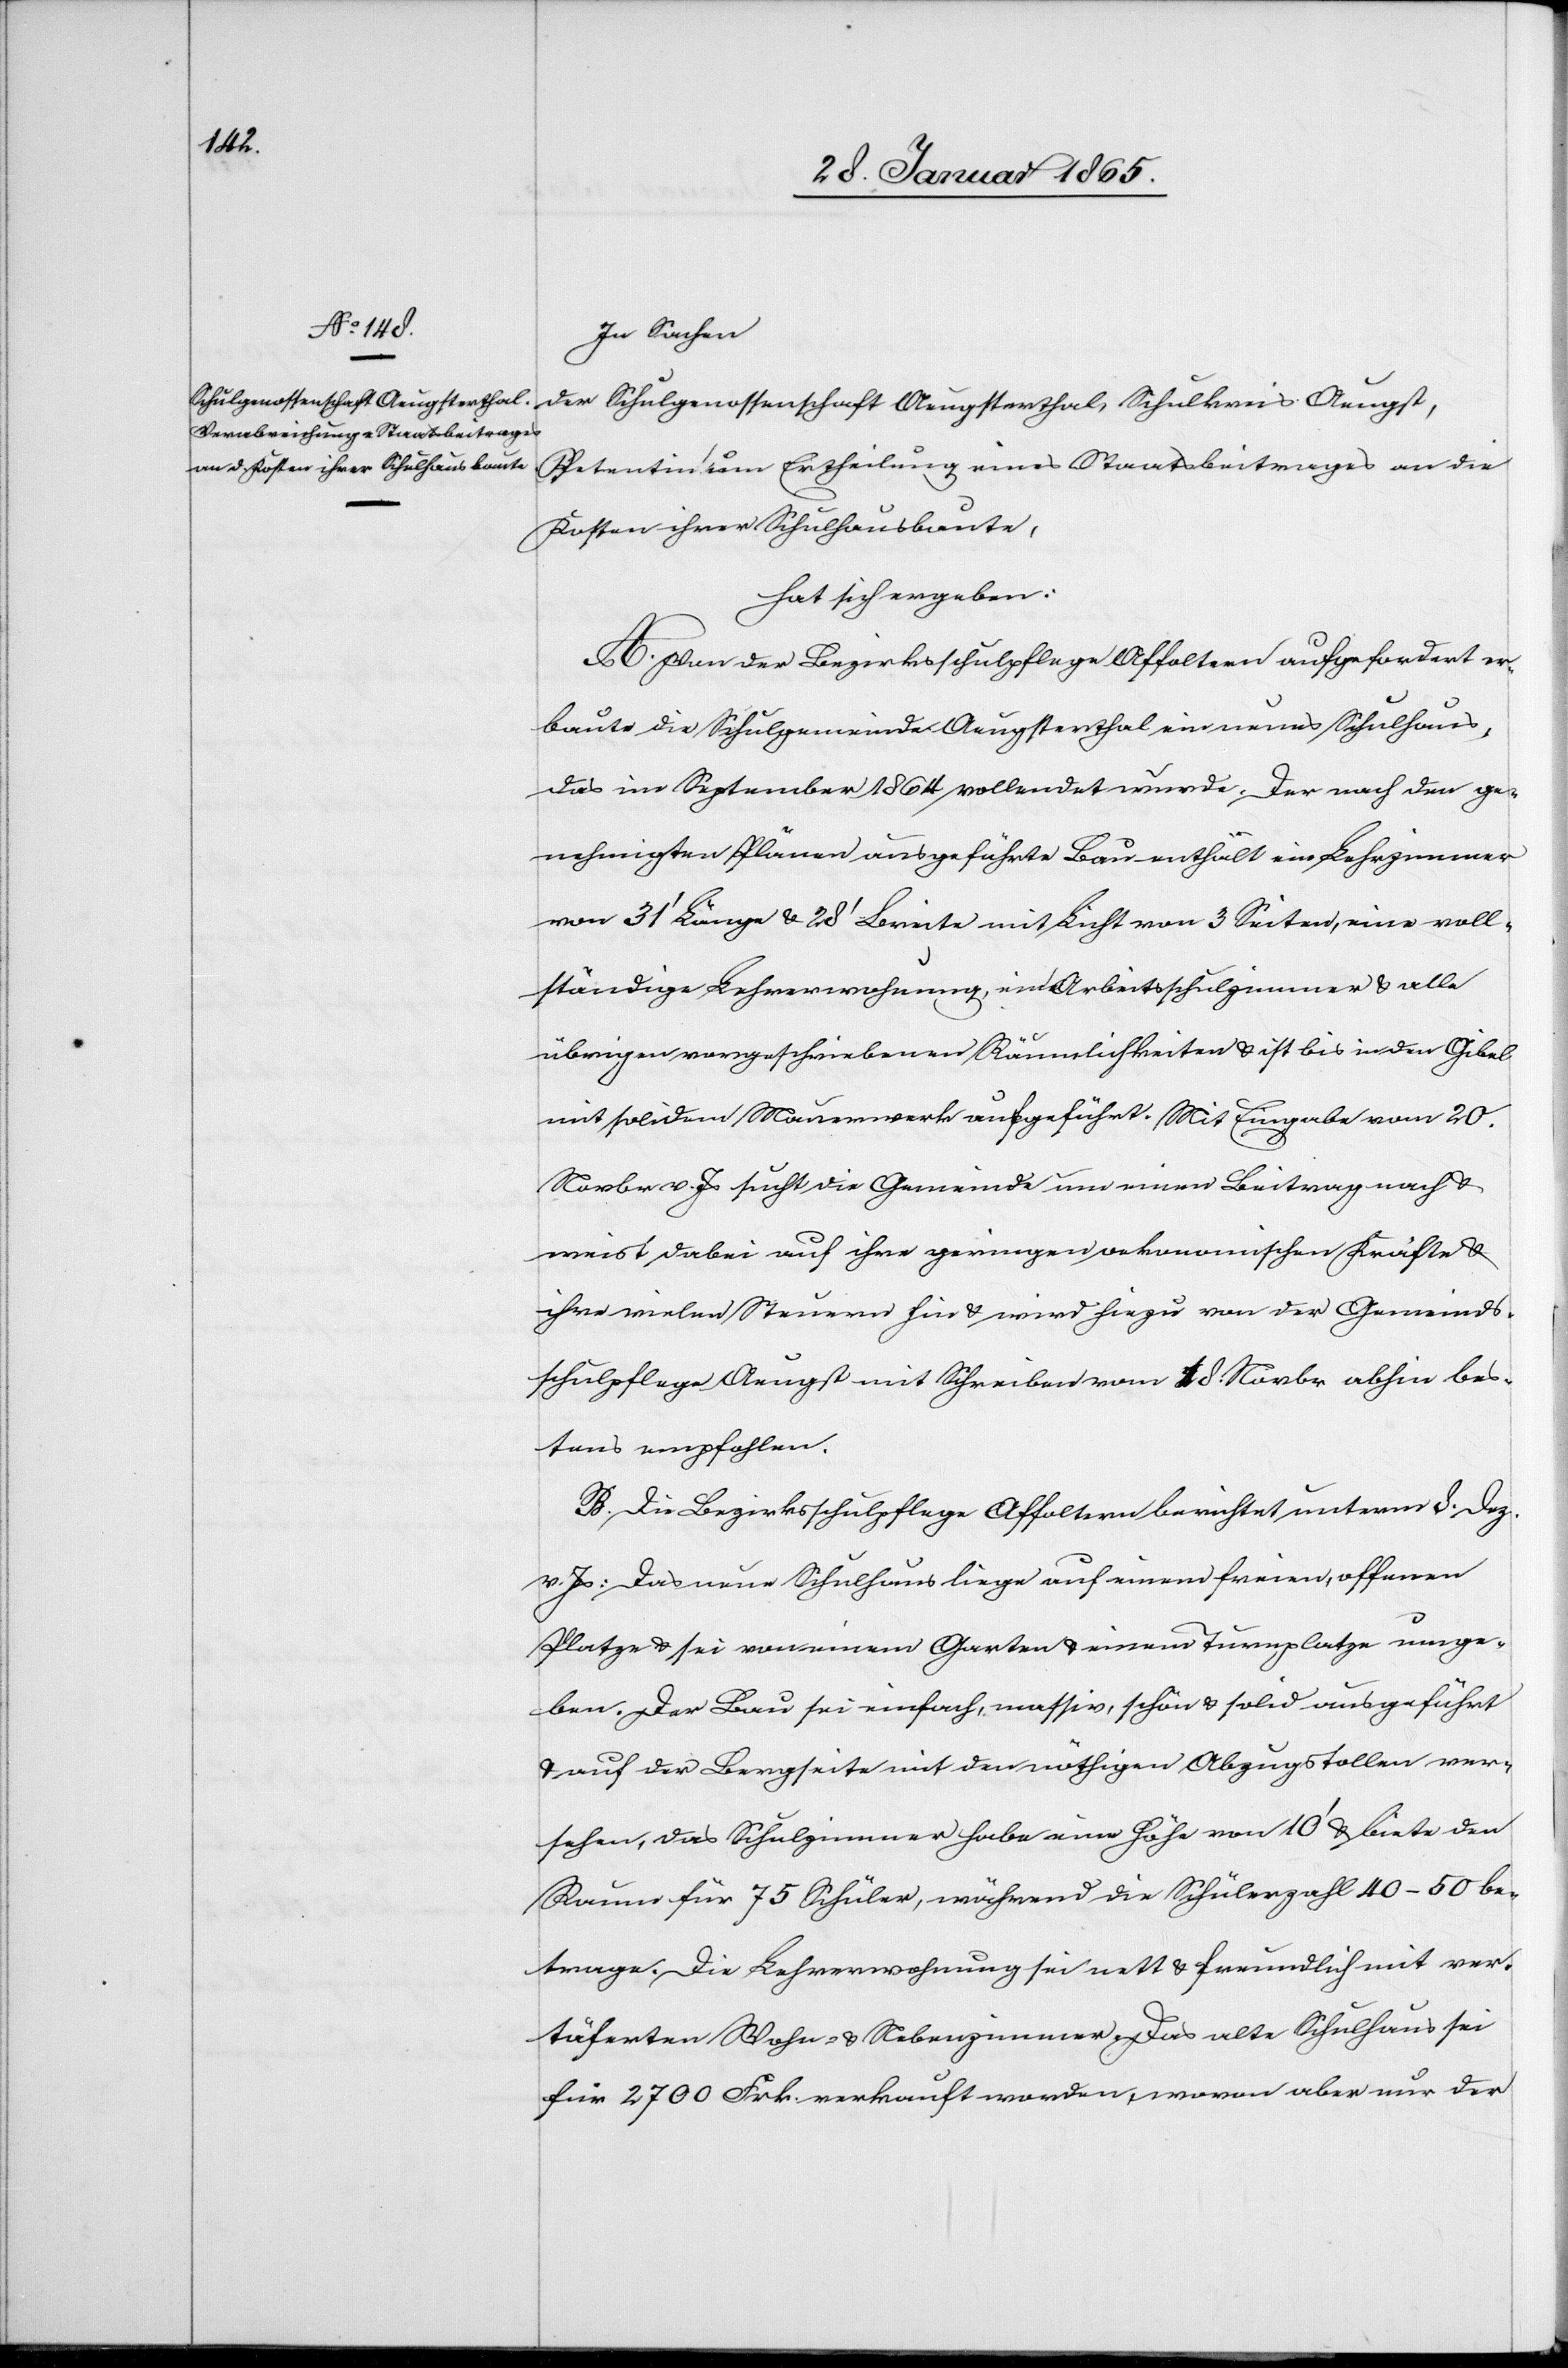
In Sachen
der Schulgenossenschaft Aeugsterthal, Schulkreis Aeugst,
Petentin um Ertheilung eines Staatsbeitrages an die
Kosten ihrer Schulhausbaute,
hat sich ergeben:
A. Von der Bezirksschulpflege Affoltern aufgefordert er¬
baute die Schulgemeinde Aeugsterthal ein neues Schulhaus,
das im September 1864 vollendet wurde. Der nach den ge¬
nehmigten Plänen ausgeführte Bau enthält ein Lehrzimmer
von 31’ Länge u. 28’ Breite mit Licht von 3 Seiten, eine voll¬
ständige Lehrerwohnung, ein Arbeitsschulzimmer u. alle
übrigen vorgeschriebenen Räumlichkeiten u. ist bis in den Gibel
mit soliden Mauerwerk aufgeführt. Mit Eingabe vom 20.
Novbr v. Js sucht die Gemeinde um einen Beitrag nach u.
weist dabei auf ihre geringen oekonomischen Kräfte u.
ihre vielen Steuern hin u. wird hiezu von der Gemeinds¬
schulpflege Aeugst mit Schreiben vom [?18.] Novbr. abhin bes¬
tens empfohlen.
B. Die Bezirksschulpflege Affoltern berichtet unterm 8. Dez.
Js: Das neue Schulhaus liege auf einem freien, offenen
Platze u. sei von einem Garten u. einem Turnplatze umge¬
ben. Der Bau sei einfach, massiv, schön u. solid ausgeführt
u. auf der Bergseite mit der nöthigen Abzugstollen ver¬
sehen, das Schulzimmer habe eine Höhe von 10’ u. biete den
Raum für 75 Schüler, während die Schülerzahl 40–50 be¬
trage. Die Lehrerwohnung sei nett u. freundlich mit ver¬
täferten Wohn- u. Nebenzimmer. Das alte Schulhaus sei
für 2700 Frk. verkauft worden, wovon aber nur der